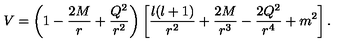
V = \left( 1 - \frac { 2 M } { r } + \frac { Q ^ { 2 } } { r ^ { 2 } } \right) \left[ \frac { l ( l + 1 ) } { r ^ { 2 } } + \frac { 2 M } { r ^ { 3 } } - \frac { 2 Q ^ { 2 } } { r ^ { 4 } } + m ^ { 2 } \right] .